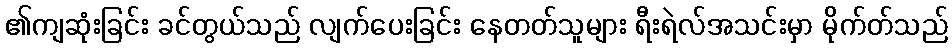
၏ကျဆုံးခြင်း ခင်တွယ်သည် လျက်ပေးခြင်း နေတတ်သူများ ရီးရဲလ်အသင်းမှာ မိုက်တ်သည်